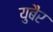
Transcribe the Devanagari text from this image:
युबैर